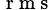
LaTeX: _{\mathrm{~r~m~s~}}